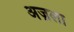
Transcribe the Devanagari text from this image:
अज़ला